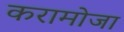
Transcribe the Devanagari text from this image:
करामोजा